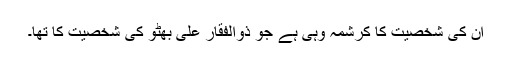
اُن کی شخصیت کا کرشمہ وہی ہے جو ذوالفقار علی بھٹو کی شخصیت کا تھا۔